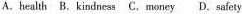
A.health B.Kindness C.Money D.Safety